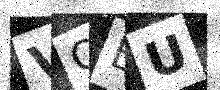
Text: VQEU